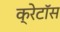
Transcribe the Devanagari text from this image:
क्रेटॉस